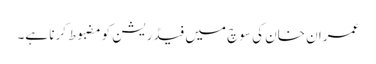
عمران خان کی سوچ میں فیڈریشن کومضبوط کرنا ہے۔